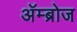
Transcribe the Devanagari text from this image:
अॅम्ब्रोज